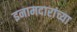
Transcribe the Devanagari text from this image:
इनामदारांच्या